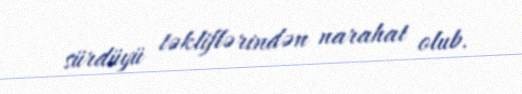
sürdüyü təkliflərindən narahat olub.